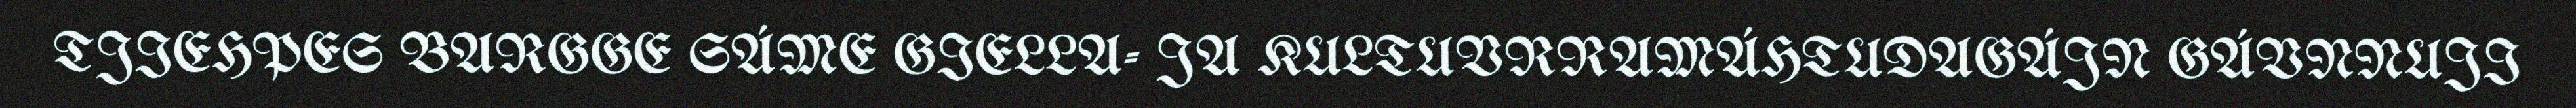
TJIEHPES BARGGE SÁME GIELLA- JA KULTUVRRAMÁHTUDAGÁJN GÁVNNUJI